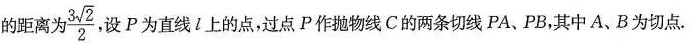
的距离为 \frac{3 \sqrt{2}}{2} 设P为直线l上的点，过点P作抛物线C的两条切线PA、PB。其中A、B为切点.